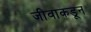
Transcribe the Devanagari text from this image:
जीवाकडून